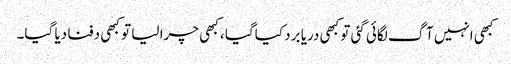
کبھی انہیں آگ لگائی گئی تو کبھی دریا برد کیاگیا ، کبھی چرا لیا تو کبھی دفنا دیا گیا۔